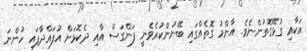
އަކާއި ގުޅޭގޮތުންނެވެ. އާންމު ގޮތެއްގައި ބޭނުންކުރެވެނީ ފަންގަސް އާއި ދެކޮޅަށް އުފައްދާފައި ހުންނަ